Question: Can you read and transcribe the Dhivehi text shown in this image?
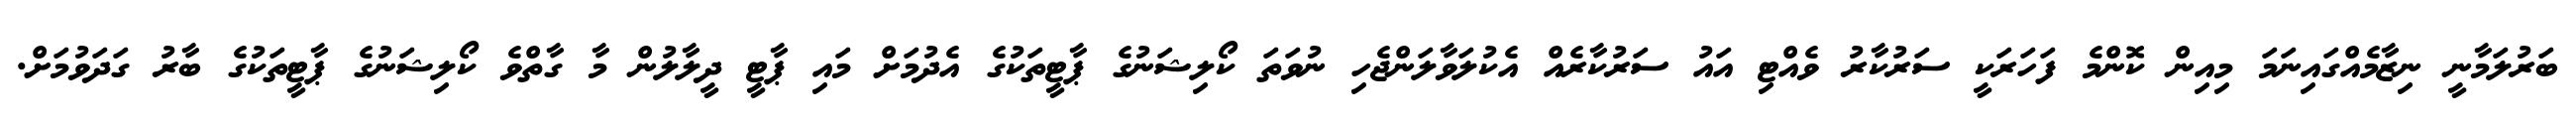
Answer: ބަރުލަމާނީ ނިޒާމެއްގައިނަމަ މިއިން ކޮންމެ ފަހަރަކީ ސަރުކާރު ވެއްޓި އައު ސަރުކާރެއް އެކުލަވާލަންޖެހި ނުވަތަ ކޯލިޝަނުގެ ޕާޓީތަކުގެ އެދުމަށް މައި ޕާޓީ ދީލާލުން މާ ގާތްވެ ކޯލިޝަނުގެ ޕާޓީތަކުގެ ބާރު ގަދަވުމަށް.